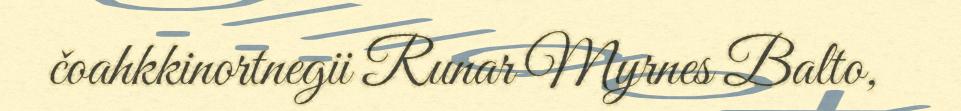
čoahkkinortnegii Runar Myrnes Balto,